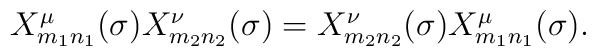
\begin{array}{lcr}X^{\mu}_{m_1n_1}(\sigma)X^{\nu}_{m_2n_2}(\sigma)=X^{\nu}_{m_2n_2}(\sigma)X^{\mu}_{m_1n_1}(\sigma).\end{array}